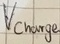
Text: Vcharge